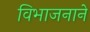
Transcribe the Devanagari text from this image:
विभाजनाने